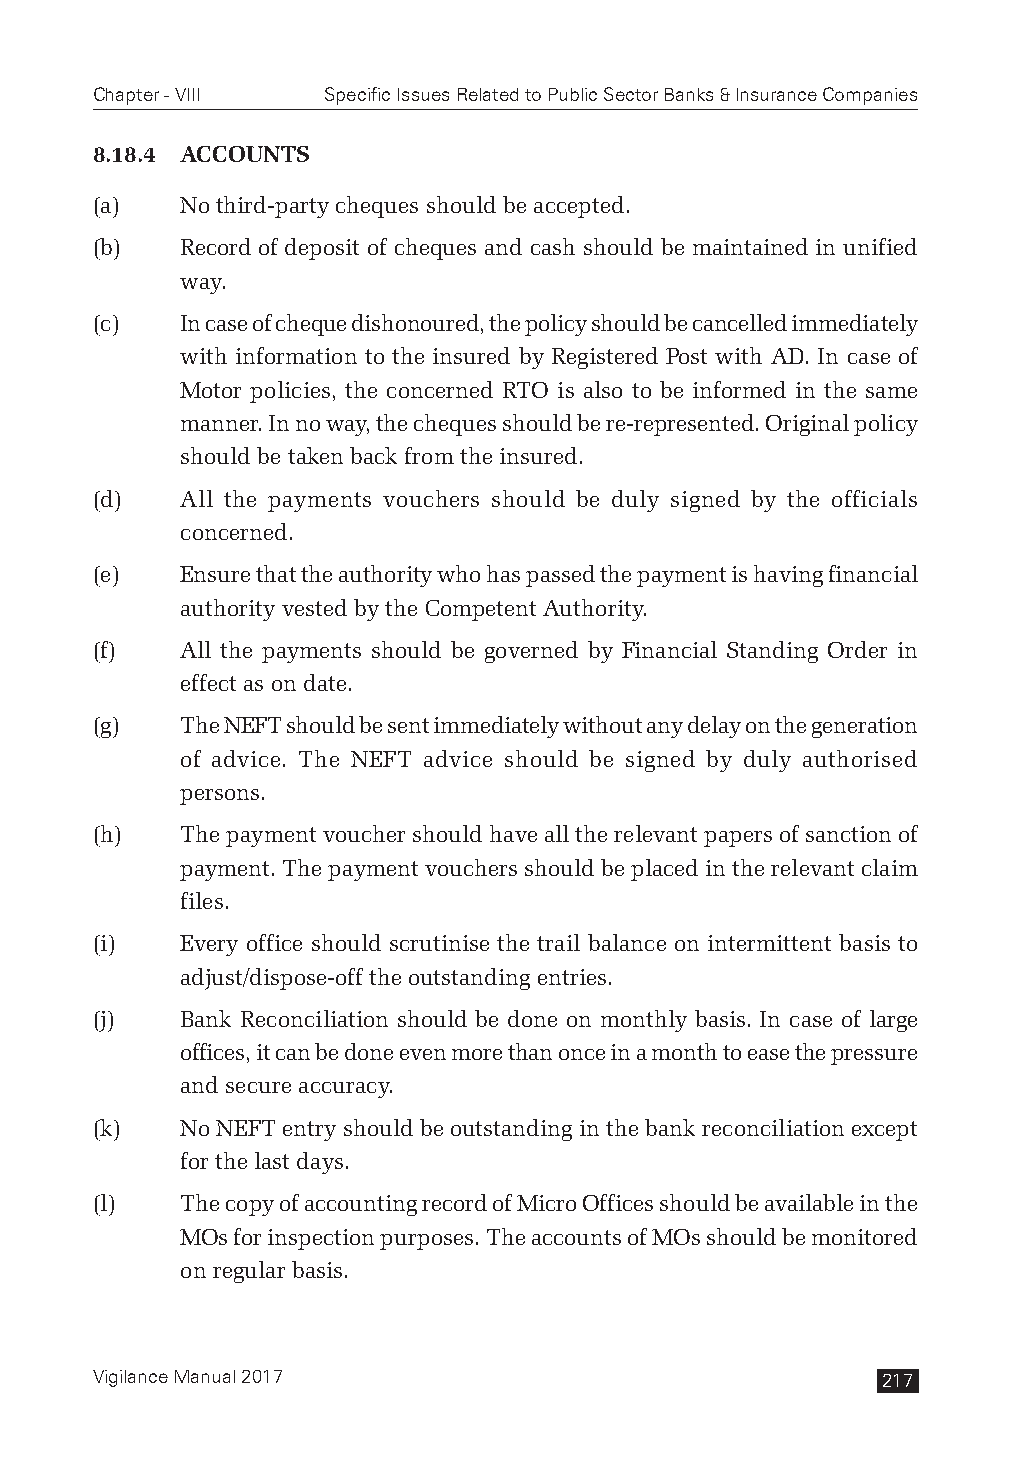
Chapter - VIII Specific Issues Related to Public Sector Banks & Insurance Companies
 8.18.4 ACCOUNTS
 (a)   No third-party cheques should be accepted.
 (b)   Record of deposit of cheques and cash should be maintained in unified
 way.
 (c)   In case of cheque dishonoured, the policy should be cancelled immediately
 with information to the insured by Registered Post with AD. In case of
 Motor policies, the concerned RTO is also to be informed in the same
 manner. In no way, the cheques should be re-represented. Original policy
 should be taken back from the insured.
 (d)   All the payments vouchers should be duly signed by the officials
 concerned.
 (e)   Ensure that the authority who has passed the payment is having financial
 authority vested by the Competent Authority.
 (f)   All the payments should be governed by Financial Standing Order in
 effect as on date.
 (g)   The NEFT should be sent immediately without any delay on the generation
 of advice. The NEFT advice should be signed by duly authorised
 persons.
 (h)   The payment voucher should have all the relevant papers of sanction of
 payment. The payment vouchers should be placed in the relevant claim
 files.
 (i)   Every office should scrutinise the trail balance on intermittent basis to
 adjust/dispose-off the outstanding entries.
 (j)   Bank Reconciliation should be done on monthly basis. In case of large
 offices, it can be done even more than once in a month to ease the pressure
 and secure accuracy.
 (k)   No NEFT entry should be outstanding in the bank reconciliation except
 for the last days.
 (l)   The copy of accounting record of Micro Offices should be available in the
 MOs for inspection purposes. The accounts of MOs should be monitored
 on regular basis.
 Vigilance Manual 2017                               217